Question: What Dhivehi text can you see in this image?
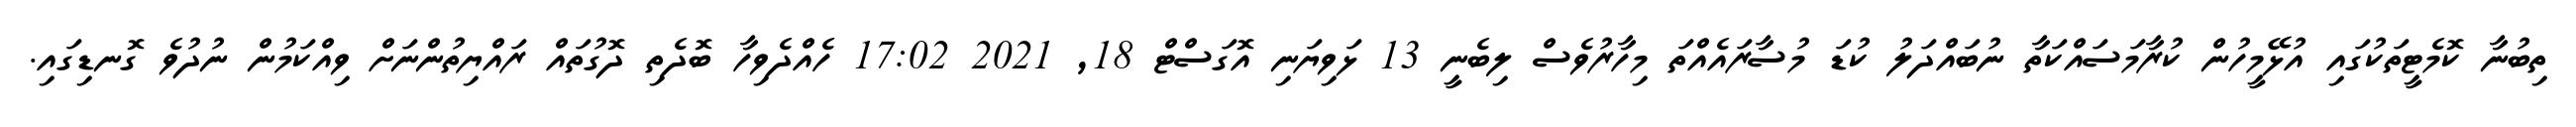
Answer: ތިބުނާ ކޮމެޓީތަކުގައި އުޅޭމީހުން ކުރާމަސައްކަތާ ނުބައްދަލު ކުޑަ މުސާރައެއްތަ މިހާރުވެސް ލިބެނީ 13 ޅަވިޔަނި އޮގަސްޓް 18, 2021 17:02 ހެއްދެވިހާ ބޮދެތި ދޮގުތައް ރައްޔިތުންނަށް ވިއްކަމުން ނުދުވެ ގޮނޑިގައި.